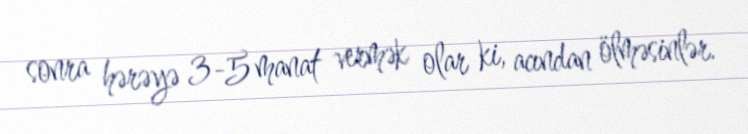
sonra hərəyə 3-5 manat vermək olar ki, acından ölməsinlər.